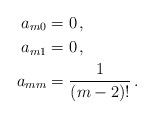
LaTeX: \begin{align*}a_{m0} &= 0\,,\\a_{m1} &= 0\,,\\a_{mm} &= \frac{1}{(m-2)!}\,.\end{align*}